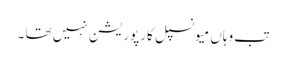
تب وہاں میونسپل کارپوریشن نہیں تھا ۔